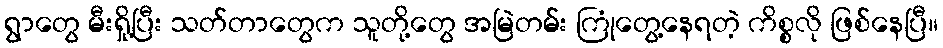
ရွာတွေ မီးရှို့ပြီး သတ်တာတွေက သူတို့တွေ အမြဲတမ်း ကြုံတွေ့နေရတဲ့ ကိစ္စလို ဖြစ်နေပြီ။